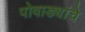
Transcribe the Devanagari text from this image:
पोवाड्यांचेे